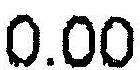
0.00